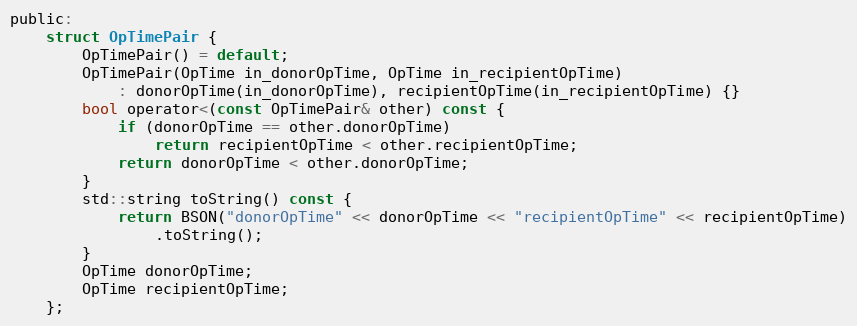
Language: C
public:
    struct OpTimePair {
        OpTimePair() = default;
        OpTimePair(OpTime in_donorOpTime, OpTime in_recipientOpTime)
            : donorOpTime(in_donorOpTime), recipientOpTime(in_recipientOpTime) {}
        bool operator<(const OpTimePair& other) const {
            if (donorOpTime == other.donorOpTime)
                return recipientOpTime < other.recipientOpTime;
            return donorOpTime < other.donorOpTime;
        }
        std::string toString() const {
            return BSON("donorOpTime" << donorOpTime << "recipientOpTime" << recipientOpTime)
                .toString();
        }
        OpTime donorOpTime;
        OpTime recipientOpTime;
    };